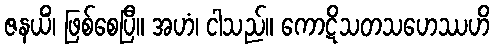
ဇနယိံ၊ ဖြစ်စေပြီ။ အဟံ၊ ငါသည်။ ကောဋိသတသဟေဿဟိ